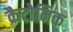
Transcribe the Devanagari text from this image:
क्रैटोनिक